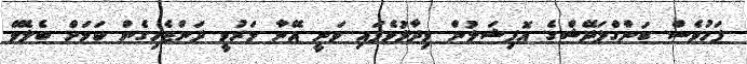
ފަހުވެސް ބަންގްލަދޭޝްގެ އޮފިޝަލުން ވިދާޅުވެފައި ވަނީ އޭނާ މަރުވީ ދަންޖެހިގެން ކަމަށް ބެލެވޭ